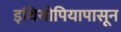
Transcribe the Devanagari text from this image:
इथियोपियापासून